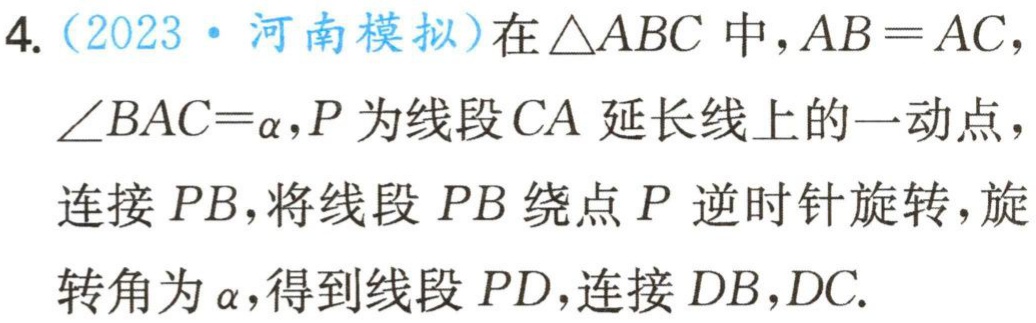
4.（2023·河南模拟）在\(\triangle ABC\)中，\(AB = AC\)，\(\angle BAC=\alpha\)，\(P\)为线段\(CA\)延长线上的一动点，连接\(PB\)，将线段\(PB\)绕点\(P\)逆时针旋转，旋转角为\(\alpha\)，得到线段\(PD\)，连接\(DB\)，\(DC\).